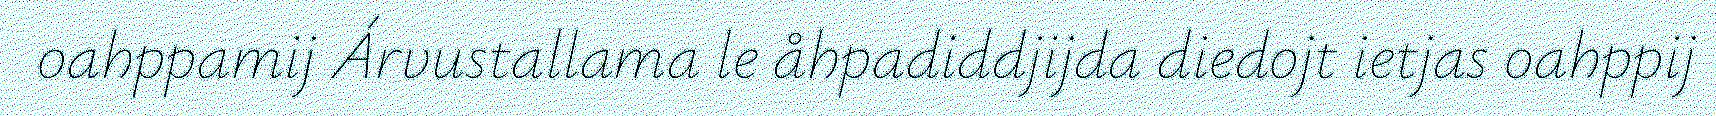
oahppamij Árvustallama le åhpadiddjijda diedojt ietjas oahppij